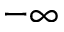
- \infty